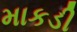
માકડી